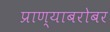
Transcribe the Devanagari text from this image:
प्राण्याबरोबर